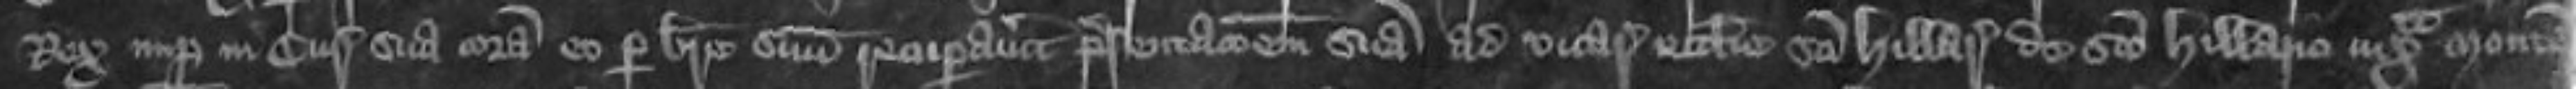
Rex nuper in curia sua coram eo per breve suum recuperavitur presentationem suam ad vicariam ecclesie Sancti Hillarii iuxta Montem Sancti